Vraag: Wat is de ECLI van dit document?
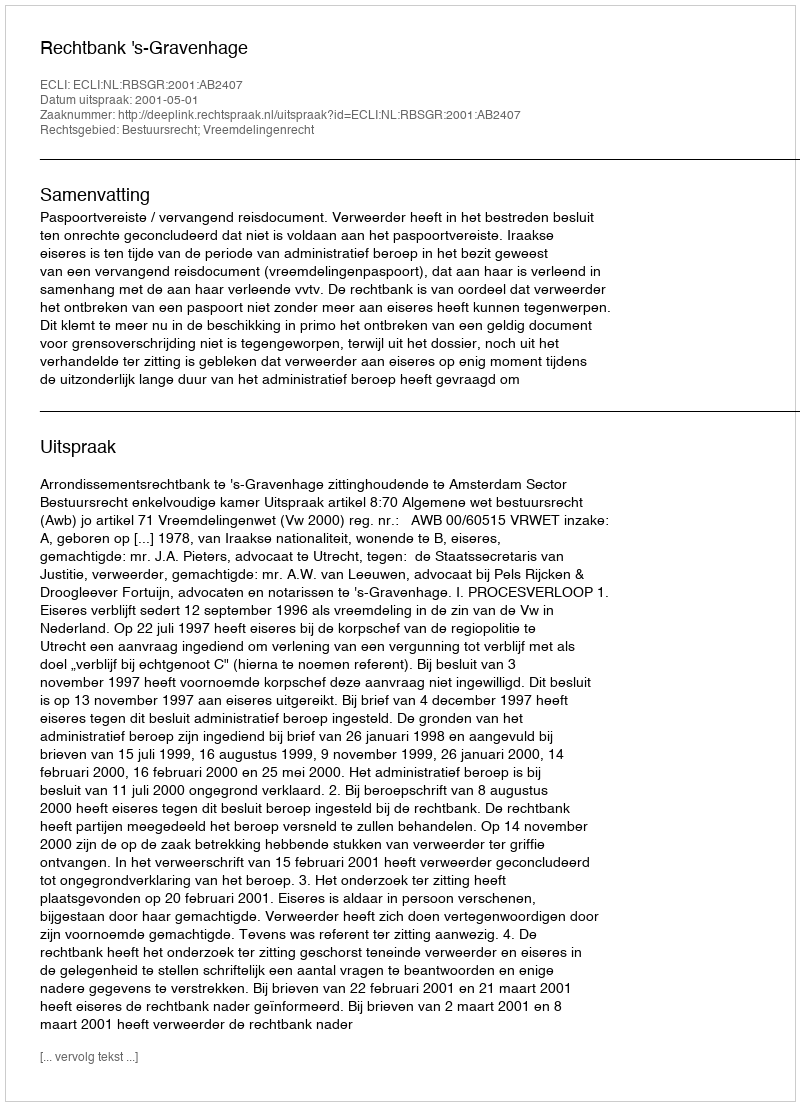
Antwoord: ECLI:NL:RBSGR:2001:AB2407